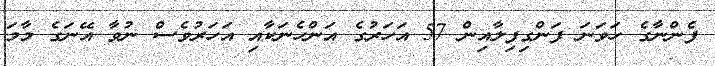
ފެންނާގެ ހަވަނަ ފަންގިފިލާއިން 57 އަހަރުގެ އަންހެނަކާއި އަހަރުވެސް ނުވާ އޭނަގެ މާމަ